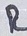
Text: R